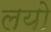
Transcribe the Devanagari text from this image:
लयो